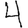
Digit: 4